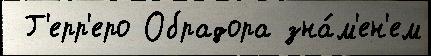
 Г'ерр'еро Обрадора зна́м'ен'ем